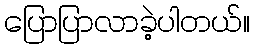
ပြောပြာလာခဲ့ပါတယ်။